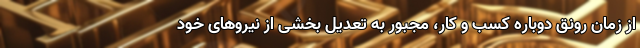
از زمان رونق دوباره کسب و کار، مجبور به تعدیل بخشی از نیروهای خود